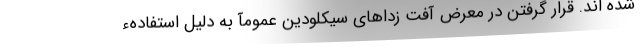
شده اند. قرار گرفتن در معرض آفت زداهای سیکلودین عمومآ به دلیل استفادهء